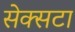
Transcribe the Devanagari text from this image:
सेक्सटा